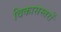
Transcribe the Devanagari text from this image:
विकासस्तरों